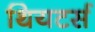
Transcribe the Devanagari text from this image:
थियटर्स